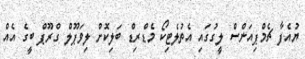
ޔުއެފާ ޗެމްޕިއަންސް ލީގުގައި އެތުލެޓިކޯ މެޑްރިޑް ބަލިކޮށް ލިވަޕޫލް ގްރޫޕް ބީގެ އެއް